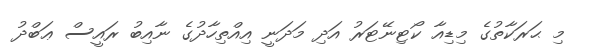
މި ޙަރަކާތުގެ މިޑިއާ ކޯޓިނޭޓަރު އަދި މަދަނީ އިއްތިހާދުގެ ނާއިބު ރައީސް ޢަބްދު